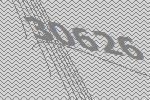
30626